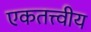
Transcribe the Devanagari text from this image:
एकतत्त्वीय